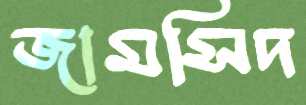
জামসিদ